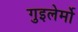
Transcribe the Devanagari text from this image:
गुइलेर्मो